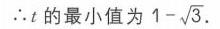
\(\therefore t\)的最小值为\(1 - \sqrt{3}\).